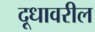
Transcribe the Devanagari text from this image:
दूधावरील